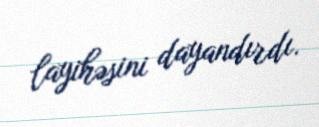
layihəsini dayandırdı.